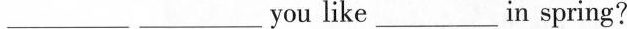
___ ___ you like ___ in spring?